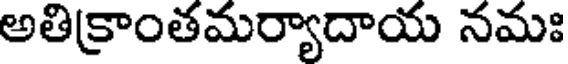
అతిక్రాంతమర్యాదాయ నమః